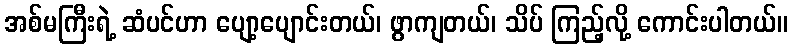
အစ်မကြီးရဲ့ ဆံပင်ဟာ ပျော့ပျောင်းတယ်၊ ဖွာကျတယ်၊ သိပ် ကြည့်လို့ ကောင်းပါတယ်။